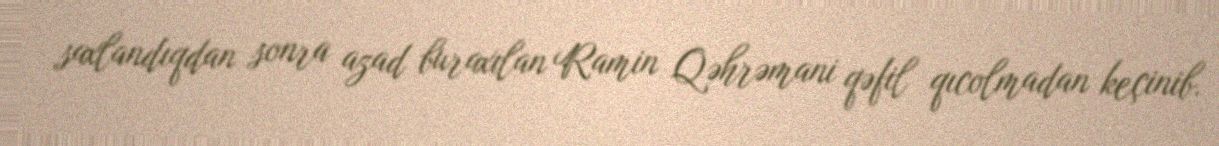
saxlandıqdan sonra azad buraxılan Ramin Qəhrəmani qəfil qıcolmadan keçinib.